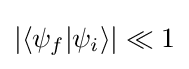
|\langle \psi _{f}|\psi _{i}\rangle |\ll 1